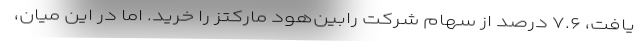
یافت، ۷.۶ درصد از سهام شرکت رابین‌هود مارکتز را خرید. اما در این میان،